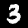
Label: 3